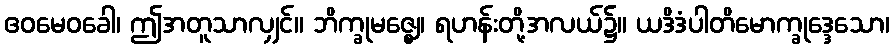
ဧဝမေဝခေါ၊ ဤအတူသာလျှင်။ ဘိက္ခုမဇ္ဈေ၊ ရဟန်းတို့အလယ်၌။ ယဒိဒံပါတိမောက္ခုဒ္ဒေသော၊